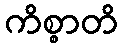
ကိစ္စာတိ